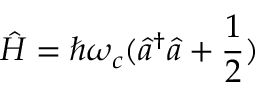
\hat { H } = \hbar \omega _ { c } ( \hat { a } ^ { \dagger } \hat { a } + \frac { 1 } { 2 } )